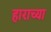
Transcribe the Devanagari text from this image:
हाराच्या